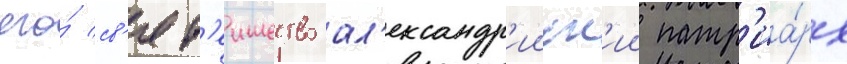
его́ св'ят'еишество ал'ександр'ииск'ии патр'иа́рх